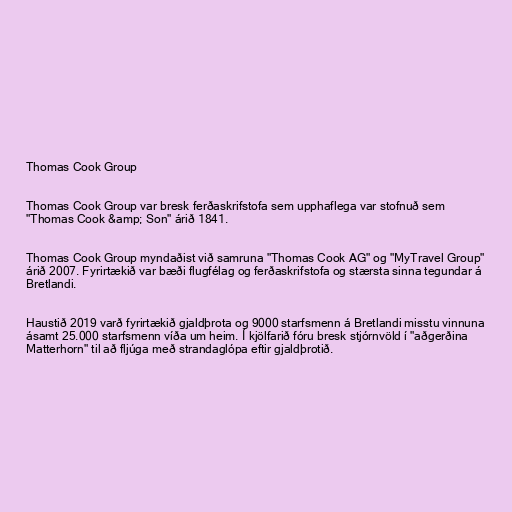
Thomas Cook Group

Thomas Cook Group var bresk ferðaskrifstofa sem upphaflega var stofnuð sem
"Thomas Cook &amp; Son" árið 1841.

Thomas Cook Group myndaðist við samruna "Thomas Cook AG" og "MyTravel Group"
árið 2007. Fyrirtækið var bæði flugfélag og ferðaskrifstofa og stærsta sinna tegundar á
Bretlandi.

Haustið 2019 varð fyrirtækið gjaldþrota og 9000 starfsmenn á Bretlandi misstu vinnuna
ásamt 25.000 starfsmenn víða um heim. Í kjölfarið fóru bresk stjórnvöld í "aðgerðina
Matterhorn" til að fljúga með strandaglópa eftir gjaldþrotið.